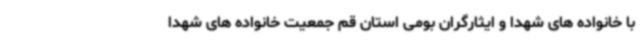
با خانواده های شهدا و ایثارگران بومی استان قم جمعیت خانواده های شهدا